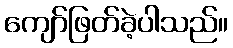
ကျော်ဖြတ်ခဲ့ပါသည်။